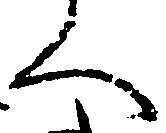
人